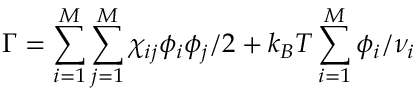
\Gamma = \sum _ { i = 1 } ^ { M } \sum _ { j = 1 } ^ { M } \chi _ { i j } \phi _ { i } \phi _ { j } / 2 + k _ { B } T \sum _ { i = 1 } ^ { M } \phi _ { i } / \nu _ { i }